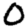
Digit: 0